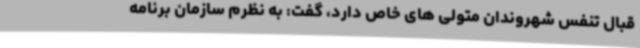
قبال تنفس شهروندان متولی های خاص دارد، گفت: به نظرم سازمان برنامه